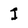
Character: I